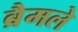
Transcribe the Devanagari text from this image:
ब्रैमले